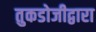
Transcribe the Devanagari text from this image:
तुकडोजीद्वारा